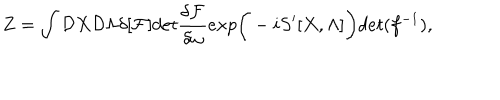
Z = \int { \cal D } X { \cal D } \Lambda \delta [ { \cal F } ] d e t { \frac { \delta { \cal F } } { \delta \omega } } e x p \bigg ( - i S ^ { \prime } [ X , \Lambda ] \bigg ) d e t ( f ^ { - 1 } ) ,